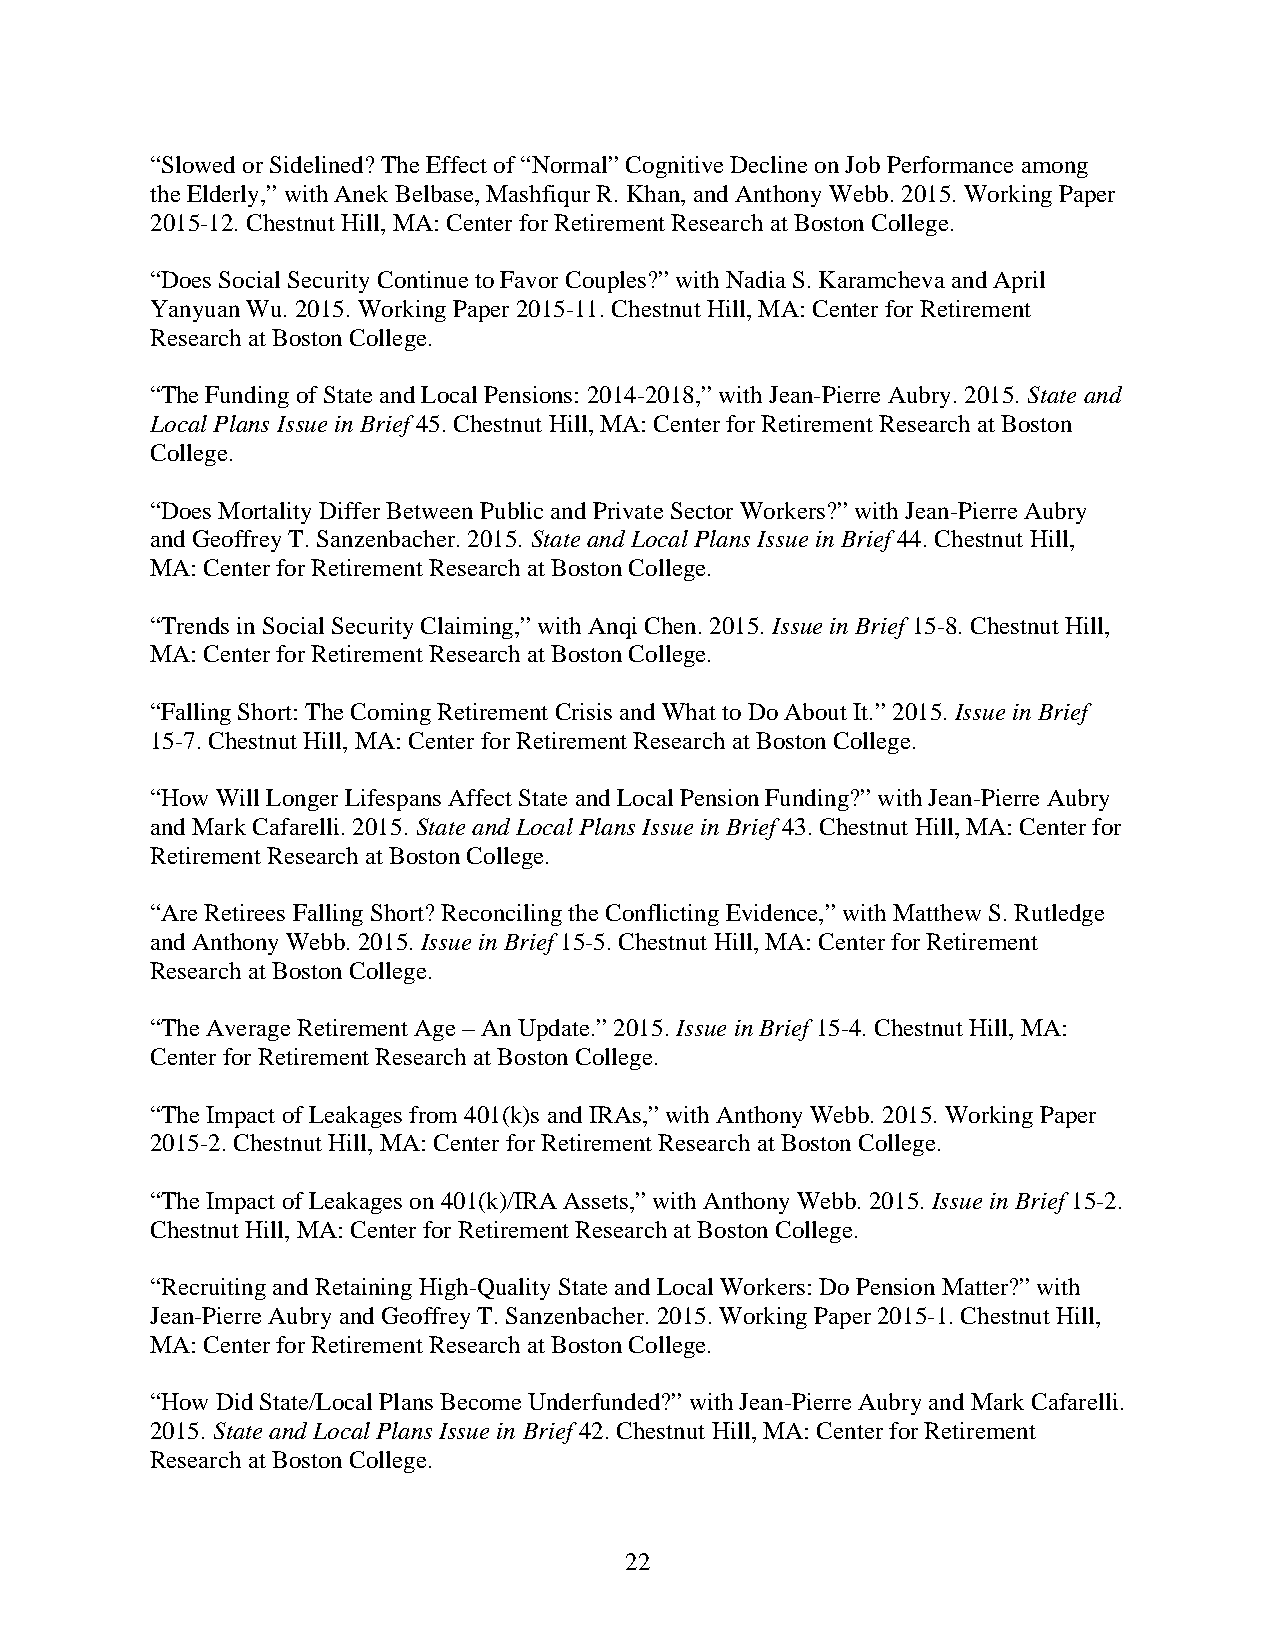
“Slowed or Sidelined? The Effect of “Normal” Cognitive Decline on Job Performance among
 the Elderly,” with Anek Belbase, Mashfiqur R. Khan, and Anthony Webb. 2015. Working Paper
 2015-12. Chestnut Hill, MA: Center for Retirement Research at Boston College.
 “Does Social Security Continue to Favor Couples?” with Nadia S. Karamcheva and April
 Yanyuan Wu. 2015. Working Paper 2015-11. Chestnut Hill, MA: Center for Retirement
 Research at Boston College.
 “The Funding of State and Local Pensions: 2014-2018,” with Jean-Pierre Aubry. 2015. State and
 Local Plans Issue in Brief 45. Chestnut Hill, MA: Center for Retirement Research at Boston
 College.
 “Does Mortality Differ Between Public and Private Sector Workers?” with Jean-Pierre Aubry
 and Geoffrey T. Sanzenbacher. 2015. State and Local Plans Issue in Brief 44. Chestnut Hill,
 MA: Center for Retirement Research at Boston College.
 “Trends in Social Security Claiming,” with Anqi Chen. 2015. Issue in Brief 15-8. Chestnut Hill,
 MA: Center for Retirement Research at Boston College.
 “Falling Short: The Coming Retirement Crisis and What to Do About It.” 2015. Issue in Brief
 15-7. Chestnut Hill, MA: Center for Retirement Research at Boston College.
 “How Will Longer Lifespans Affect State and Local Pension Funding?” with Jean-Pierre Aubry
 and Mark Cafarelli. 2015. State and Local Plans Issue in Brief 43. Chestnut Hill, MA: Center for
 Retirement Research at Boston College.
 “Are Retirees Falling Short? Reconciling the Conflicting Evidence,” with Matthew S. Rutledge
 and Anthony Webb. 2015. Issue in Brief 15-5. Chestnut Hill, MA: Center for Retirement
 Research at Boston College.
 “The Average Retirement Age – An Update.” 2015. Issue in Brief 15-4. Chestnut Hill, MA:
 Center for Retirement Research at Boston College.
 “The Impact of Leakages from 401(k)s and IRAs,” with Anthony Webb. 2015. Working Paper
 2015-2. Chestnut Hill, MA: Center for Retirement Research at Boston College.
 “The Impact of Leakages on 401(k)/IRA Assets,” with Anthony Webb. 2015. Issue in Brief 15-2.
 Chestnut Hill, MA: Center for Retirement Research at Boston College.
 “Recruiting and Retaining High-Quality State and Local Workers: Do Pension Matter?” with
 Jean-Pierre Aubry and Geoffrey T. Sanzenbacher. 2015. Working Paper 2015-1. Chestnut Hill,
 MA: Center for Retirement Research at Boston College.
 “How Did State/Local Plans Become Underfunded?” with Jean-Pierre Aubry and Mark Cafarelli.
 2015. State and Local Plans Issue in Brief 42. Chestnut Hill, MA: Center for Retirement
 Research at Boston College.
 22